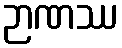
ဉာဏဿ